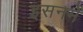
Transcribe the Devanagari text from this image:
इसनमें